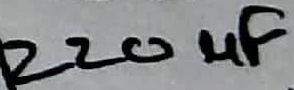
Text: 220µF